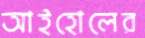
আইহোলের